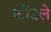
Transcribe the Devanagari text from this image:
कोंडले